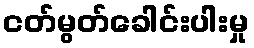
ငတ်မွတ်ခေါင်းပါးမှု